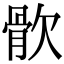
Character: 䯉